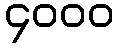
၄၀၀၀